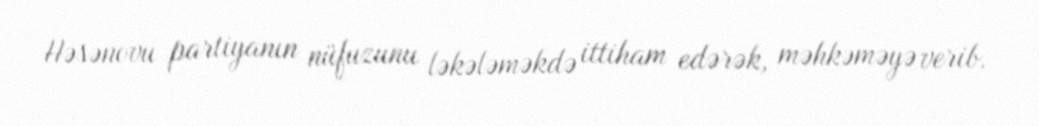
Həsənovu partiyanın nüfuzunu ləkələməkdə ittiham edərək, məhkəməyə verib.